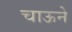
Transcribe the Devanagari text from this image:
चाऊने